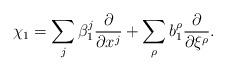
LaTeX: \begin{align*}\chi_1 = \sum_j \beta^j_1 \frac {\partial} {\partial x^j} + \sum_\rho b^\rho_1 \frac {\partial} {\partial \xi^\rho}.\end{align*}